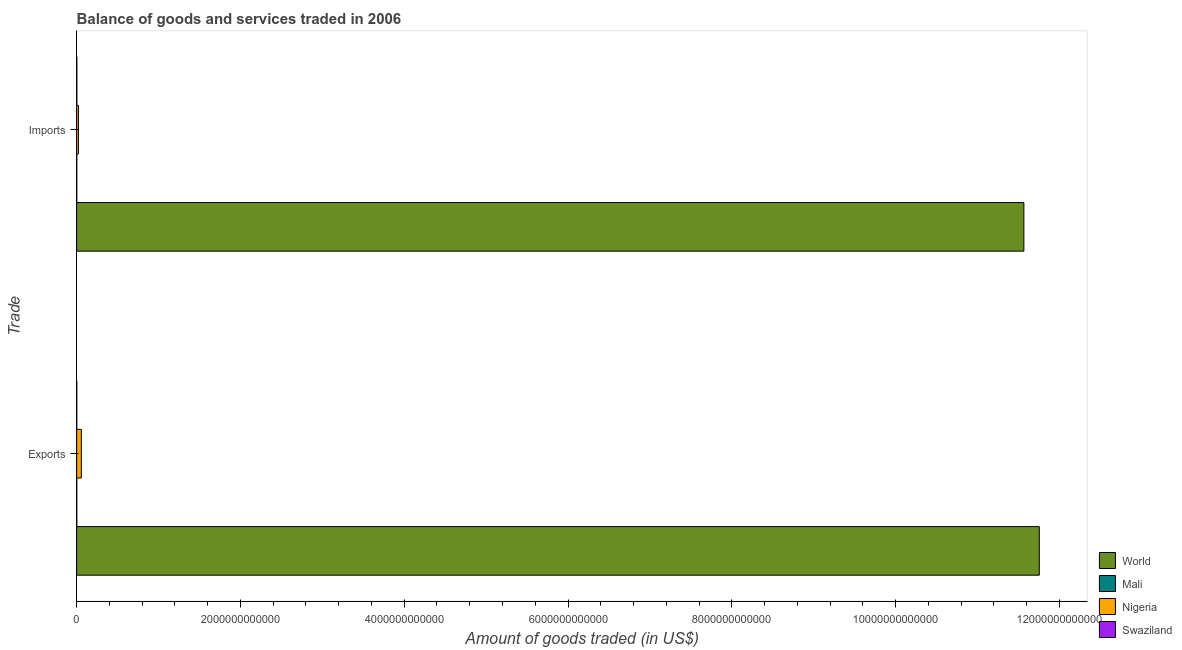
| Trade | World | Mali | Nigeria | Swaziland |
 | --- | --- | --- | --- | --- |
 | Exports | 1.18e+13 | 1.55e+09 | 5.69e+10 | 1.56e+09 |
 | Imports | 1.16e+13 | 1.47e+09 | 2.2e+10 | 1.81e+09 |